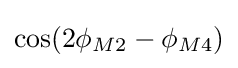
{\textstyle \cos(2\phi _{M2}-\phi _{M4})}